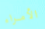
الأمراء